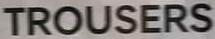
TROUSERS